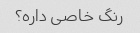
رنگ خاصی داره؟